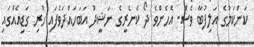
ކަންކަމުގެ އަލިފުބާ ވެސް. އެހެންވެ ދޯ ކެނެރީގެ ނަޝީދު އަބަހައްދަވެފައި ހުރި ގަޑިއެއްގައި